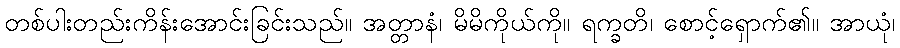
တစ်ပါးတည်းကိန်းအောင်းခြင်းသည်။ အတ္တာနံ၊ မိမိကိုယ်ကို။ ရက္ခတိ၊ စောင့်ရှောက်၏။ အာယုံ၊